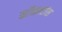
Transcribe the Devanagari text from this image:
कॉनस्टांस